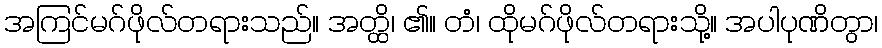
အကြင်မဂ်ဖိုလ်တရားသည်။ အတ္ထိ၊ ၏။ တံ၊ ထိုမဂ်ဖိုလ်တရားသို့။ အပါပုဏိတွာ၊